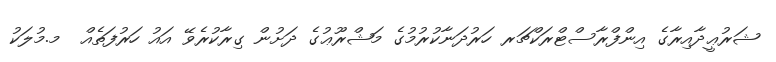
ޝަރުޢީދާއިރާގެ އިންފްރާސްޓްރަކްޗަރ ހަރުދަނާކުރުމުގެ މަޝްރޫޢުގެ ދަށުން ގިރާކުރެވޭ އައު ހަރުފަތެއް  މ.މުލަކު